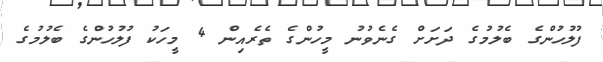
ފުލުހުންގެ ބެލުމުގެ ދަށަށް ގެނެވުނު މީހުންގެ ތެރެއިން 4 މީހަކު ފުލުހުންގެ ބެލުމުގެ